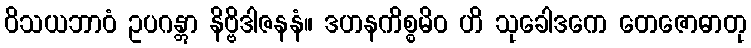
ဝိသယဘာဝံ ဥပဂန္တွာ နိဗ္ဗိဒါဇနနံ။ ဒဟနကိစ္စမိဝ ဟိ သုခေါဒကေ တေဇောဓာတု